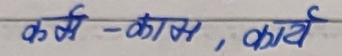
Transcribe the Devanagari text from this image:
कर्से - कास, कार्य